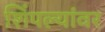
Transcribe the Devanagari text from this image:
शिंपल्यांवर